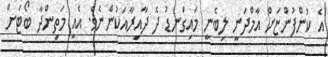
އެ ކުންފުންޏަށް އާމްދަނީ ލިބެނީ މައިގަނޑު ދެ ދާއިރާއަކުންނެވެ. އެއީ މަތިންދާ ބޯޓަށް